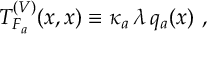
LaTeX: T _ { F _ { a } } ^ { ( V ) } ( x , x ) \equiv \kappa _ { a } \, \lambda \, q _ { a } ( x ) \ ,